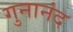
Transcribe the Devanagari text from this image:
गुनानंद